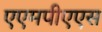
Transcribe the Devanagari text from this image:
एएमपीएएस